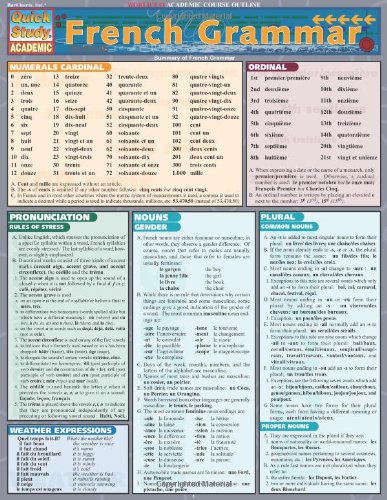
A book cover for French Grammar (Quickstudy: Academic); Inc. BarCharts; Literature & Fiction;